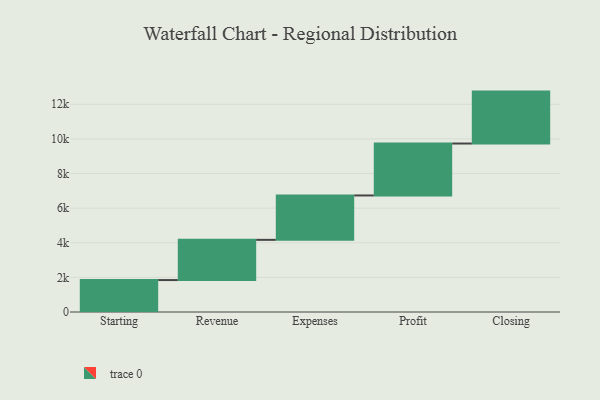
{"axis": {"x": "Step", "y": "Value"}, "legend": [""], "data": [{"x": "Starting", "y": 1845.0, "type": ""}, {"x": "Revenue", "y": 2323.0, "type": ""}, {"x": "Expenses", "y": 2565.0, "type": ""}, {"x": "Profit", "y": 3000, "type": ""}, {"x": "Closing", "y": 3000, "type": ""}]}